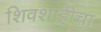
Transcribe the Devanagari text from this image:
शिवशाहीचा